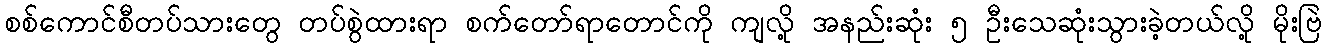
စစ်ကောင်စီတပ်သားတွေ တပ်စွဲထားရာ စက်တော်ရာတောင်ကို ကျလို့ အနည်းဆုံး ၅ ဦးသေဆုံးသွားခဲ့တယ်လို့ မိုးဗြဲ